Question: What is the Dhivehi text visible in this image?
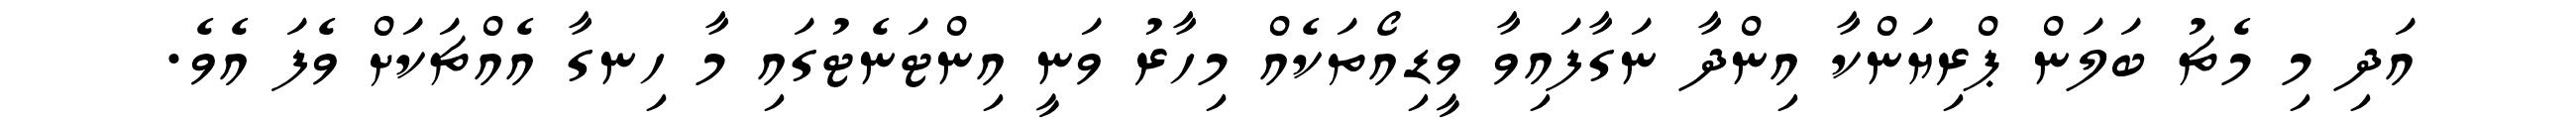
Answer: އަދި މި މެޗު ބަލަން ޕްރިޔަންކާ އިންދާ ނަގާފައިވާ ވީޑިއޯތަކެއް މިހާރު ވަނީ އިންޓަނެޓުގައި މާ ހިނގާ އެއްޗަކަށް ވެފަ އެވެ.